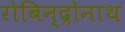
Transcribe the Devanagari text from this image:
रोबिन्द्रोनाथ